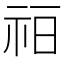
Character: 𰧳